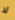
لا